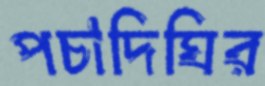
পচাদিঘির